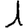
Digit: 1